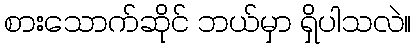
စားသောက်ဆိုင် ဘယ်မှာ ရှိပါသလဲ။